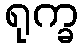
ရုက္ခ